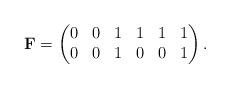
LaTeX: \begin{align*}\mathbf{F} = \begin{pmatrix} 0 & 0 & 1 & 1 & 1 & 1\\ 0 & 0 & 1 & 0 & 0 & 1\\\end{pmatrix}.\end{align*}